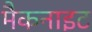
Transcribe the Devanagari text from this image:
मैकनाइट